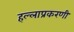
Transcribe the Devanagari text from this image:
हल्लाप्रकरणी